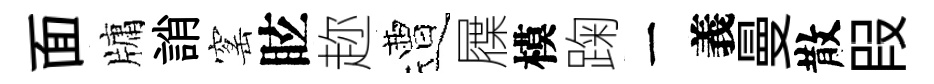
面牗誚窰眩趂遭屧模踘一義曼散叚